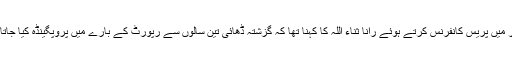
لاہور میں پریس کانفرنس کرتے ہوئے رانا ثناء اللہ کا کہنا تھا کہ گزشتہ ڈھائی تین سالوں سے رپورٹ کے بارے میں پروپگینڈہ کیا جاتا رہا۔